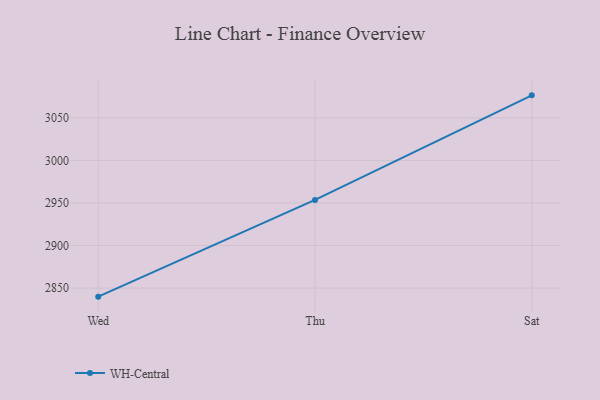
{"axis": {"x": "Day", "y": "Page Views"}, "legend": ["WH-Central"], "data": [{"x": "Wed", "y": 2839.9, "type": "WH-Central"}, {"x": "Thu", "y": 2953.5, "type": "WH-Central"}, {"x": "Sat", "y": 3076.4, "type": "WH-Central"}]}